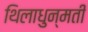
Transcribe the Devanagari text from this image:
थिलाधुन्मती